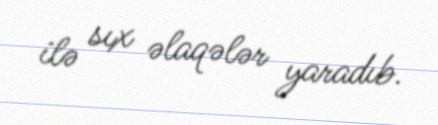
ilə sıx əlaqələr yaradıb.